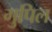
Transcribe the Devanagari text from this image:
गुपिल